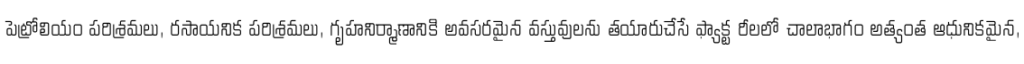
పెట్రోలియం పరిశ్రమలు, రసాయనిక పరిశ్రమలు, గృహనిర్మాణానికి అవసరమైన వస్తువులను తయారుచేసే ఫ్యాక్ట రీలలో చాలాభాగం అత్యంత ఆధునికమైన,